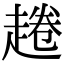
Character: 𧼚